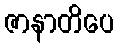
ဇာနာတိပေ